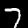
Digit: 7